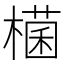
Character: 𣛃